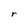
Character: r